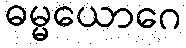
ဓမ္မယောဂေ